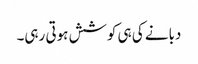
دبانے کی ہی کوشش ہوتی رہی۔